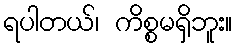
ရပါတယ်၊ ကိစ္စမရှိဘူး။